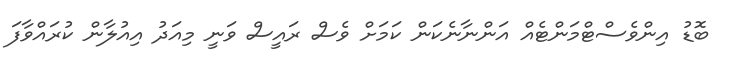
ބޮޑު އިންވެސްޓްމަންޓެއް އަންނާނެކަން ކަމަށް ވެސް ރައީސް ވަނީ މިއަދު އިއުލާން ކުރައްވާފަ